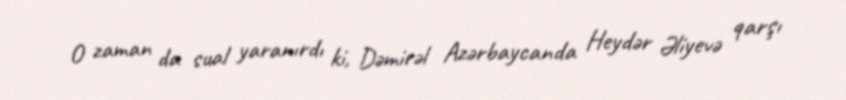
O zaman da sual yaranırdı ki, Dəmirəl Azərbaycanda Heydər Əliyevə qarşı